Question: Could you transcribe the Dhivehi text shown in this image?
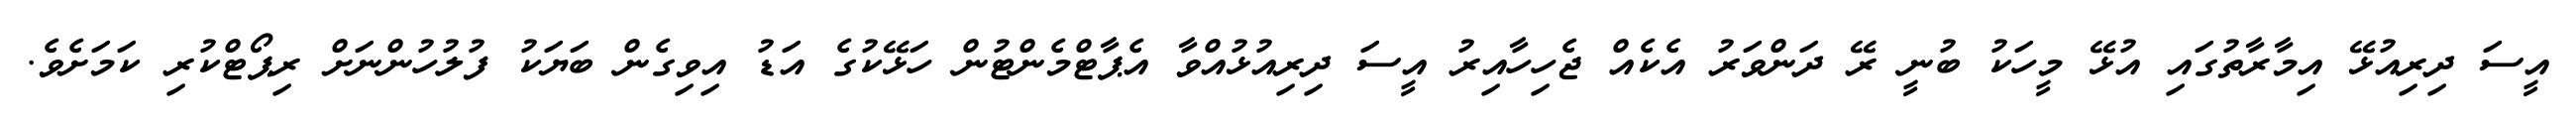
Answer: އީސަ ދިރިއުޅޭ އިމާރާތުގައި އުޅޭ މީހަކު ބުނީ ރޭ ދަންވަރު އެކެއް ޖެހިހާއިރު އީސަ ދިރިއުޅުއްވާ އެޕާޓްމެންޓުން ހަޅޭކުގެ އަޑު އިވިގެން ބަޔަކު ފުލުހުންނަށް ރިޕޯޓްކުރި ކަމަށެވެ.